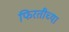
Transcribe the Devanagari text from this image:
फिरतीच्या